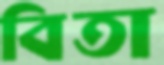
বিতা